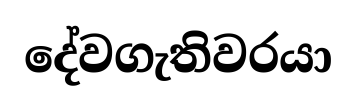
දේවගැතිවරයා